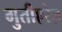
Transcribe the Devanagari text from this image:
गुतीएरेज़